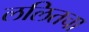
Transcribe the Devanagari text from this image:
ललितचा